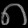
Digit: ၈